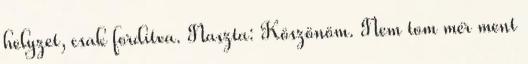
helyzet, csak fordítva. Naszta: Köszönöm. Nem tom mér ment